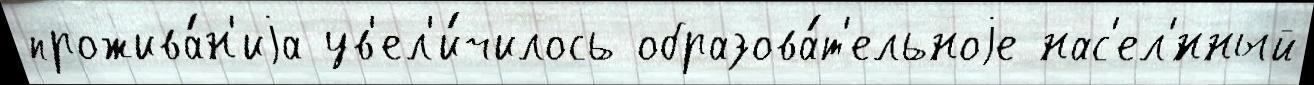
прожива́н'иjа ув'ел'и́чилось образова́т'ельноjе нас'ел'́нный